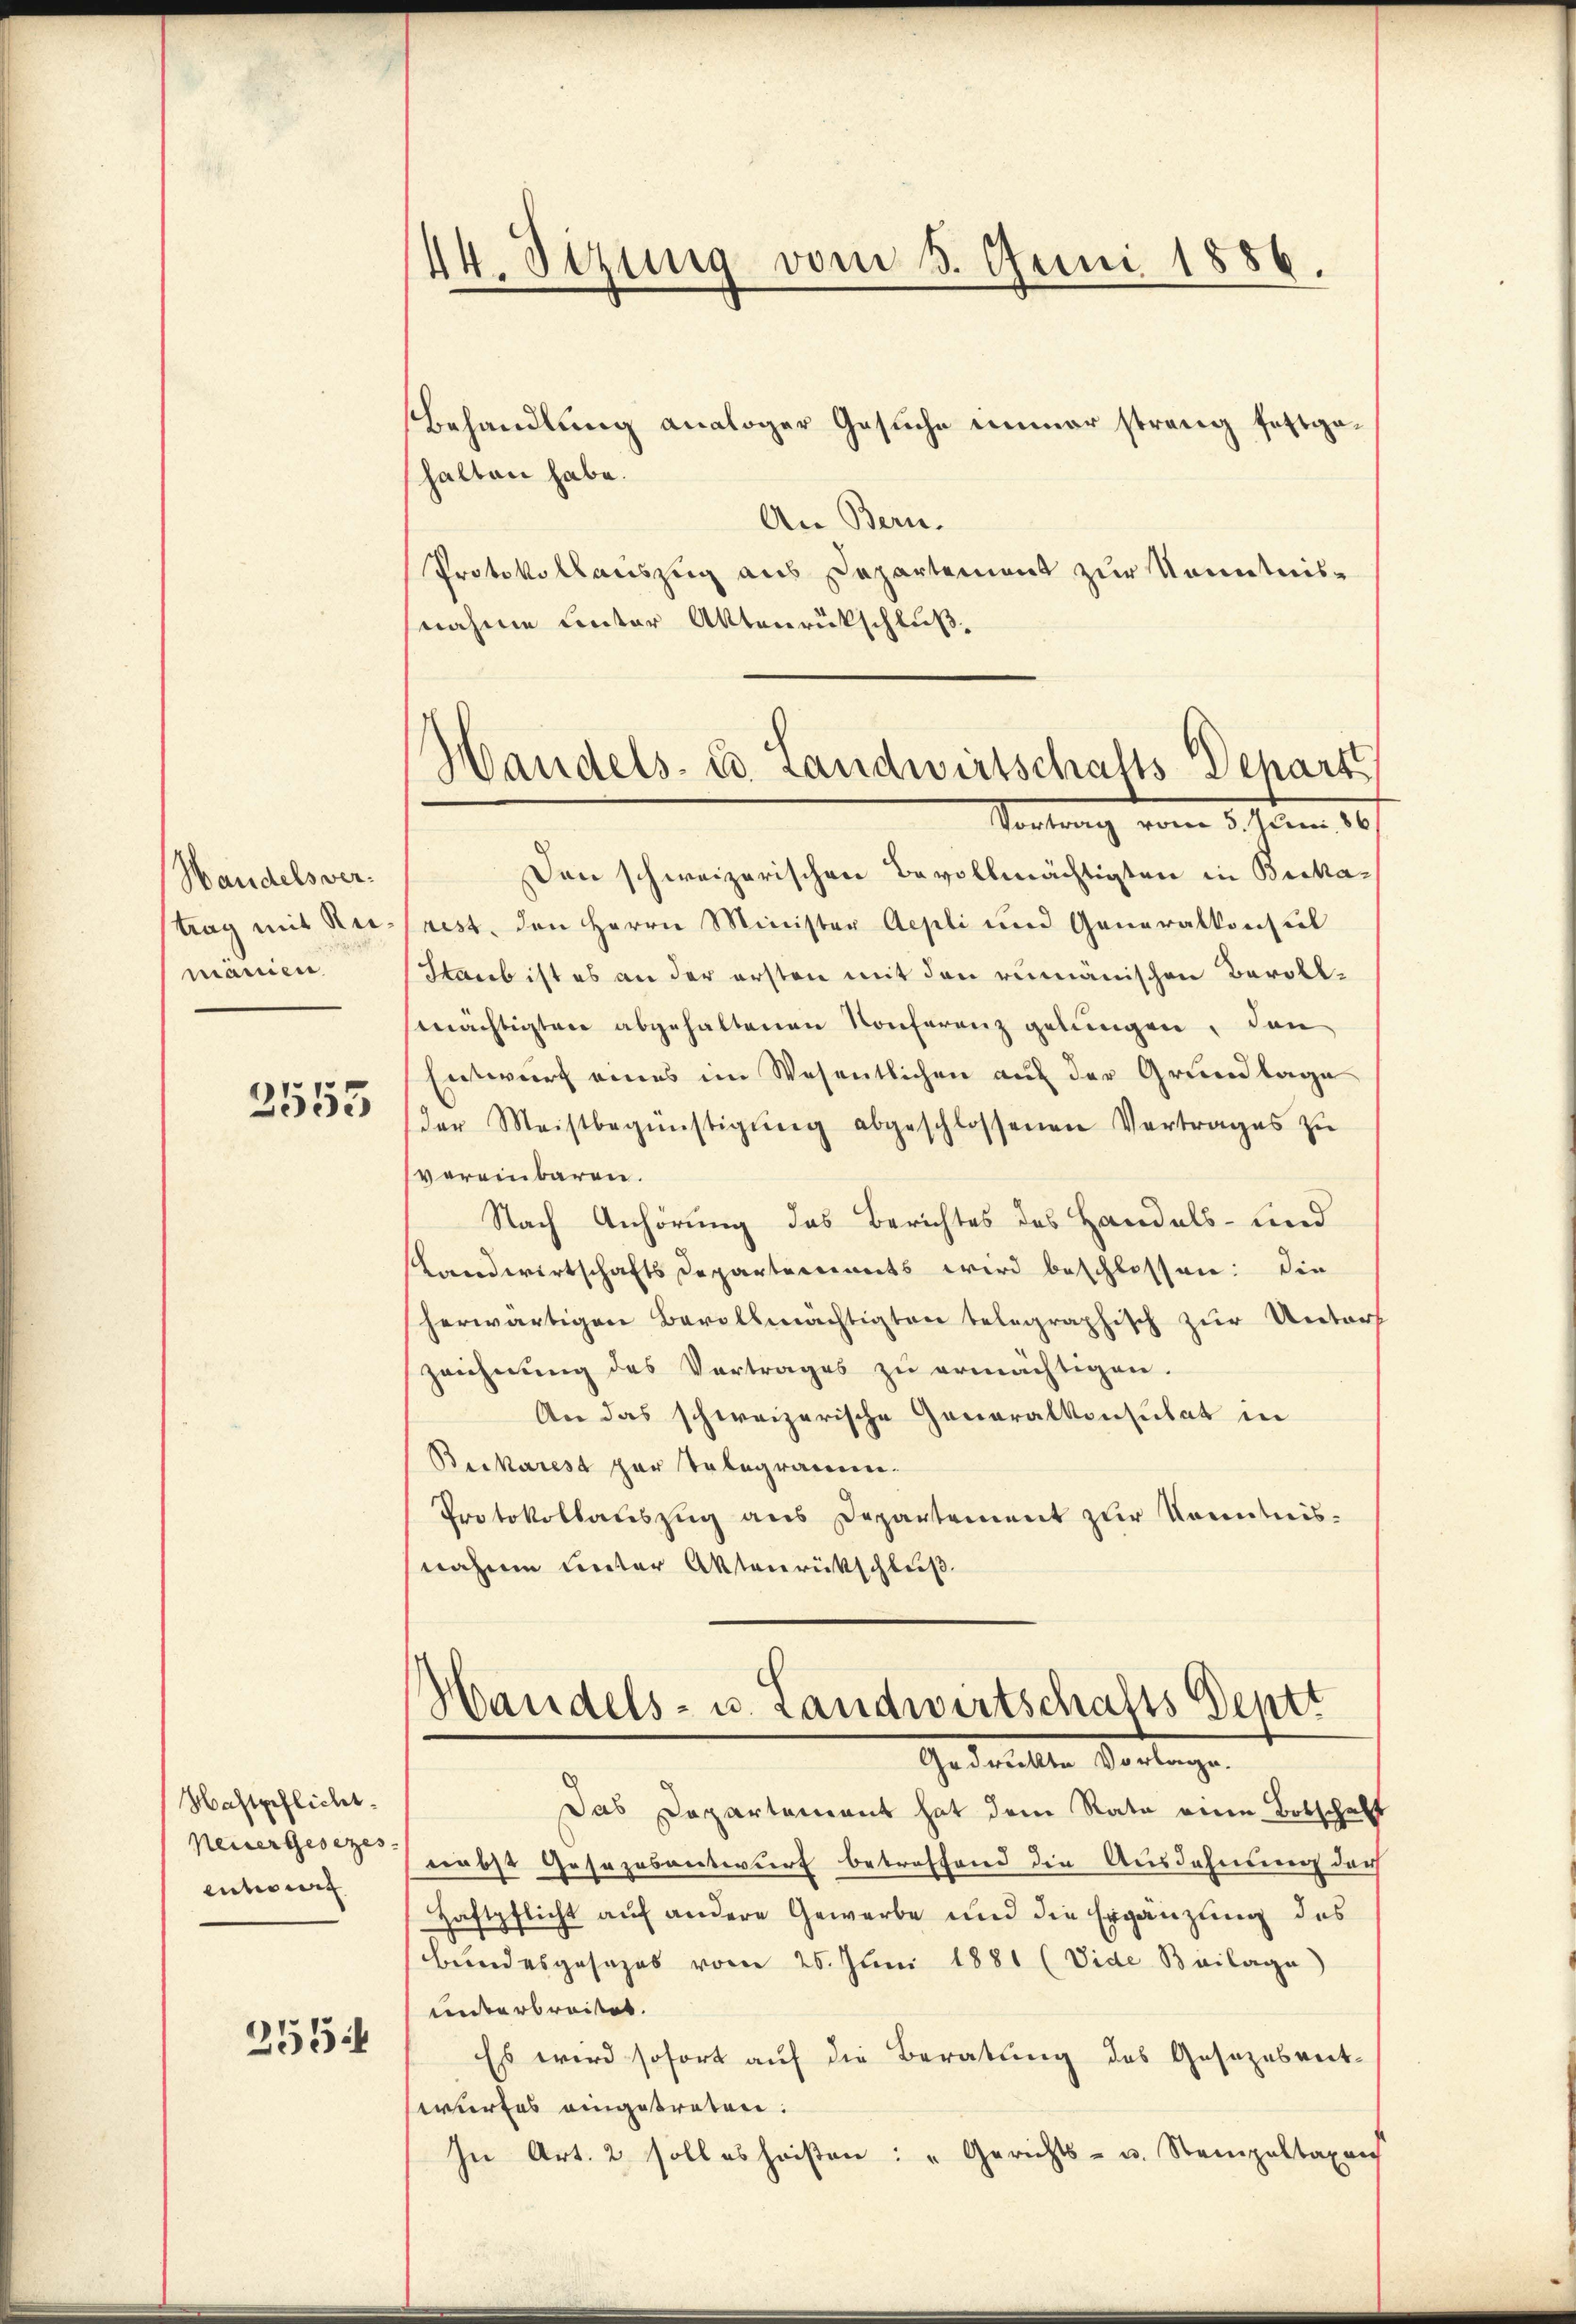
Handelsvertrag mit Reimanien

3555

Haftpflicht.
Neuergesezes.
enten |

255

44. Sizung vom 5. Juni 1886.

Handels- u. Landwirtschafts-Depart
Vortrag vom 5. 9ten 10.

Behandlung analoger Gesuche immer strang festgehalten habe.
An Bern.
Protokollauszug aus Departement zur Kenntnisnahme unter Aktenrückschluß,
Den schweizerischen Bevollmächtigten in Bickarest, den Herrn Minister Aepli und Generalkonsul
Staub ist es an der ersten mit den rumänischen Bevollmächtigten abgehaltenen Konferenz gelungen, den
Entwurf eines im Wesentlichen auf der Grundlage
der Meistbegünstigŭng abgeschlossenen Vertrages zŭ
vereinbaren.
Nach Anhörung das Berichtes des Handels- und
slandwirtschaftsdepartements wird beschlossen: Die
herwärtigen Bevollmächtigten belegraphisch zur Unters
zeichnung des Vertrages zŭ ermächtigen.
An das schweizerische Generalkonsulat in
Beikarest zur Telegramm.
Protokollauszug aus Departement zur Kenntnisnahme unter Aktenrückschluß
Handels- u. Landwirtschafts Dentt
Ir daselle Verlangen
Das Departement hat dem Rata eine Botschaft
nebst Gesezesantwurf betreffend die Ausdehnung durch
Haftpflicht auf andere Gewerbe und die Ergänzung des
bundesgesezes vom 25. Juni 1881 (Vide Beilage
unterbreitet.
Es wird sofort auf die Beratung des Gesezesent-
wurfes eingetreten.
In Art. 2 soll es heisten: „Gerichts- u. Stempeltaxens